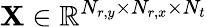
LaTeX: \mathbf{X}\in\mathbb{R}^{N_{r,y}\times N_{r,x}\times N_{t}}